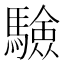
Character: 𩥾